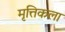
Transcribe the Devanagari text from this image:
मृत्तिकला